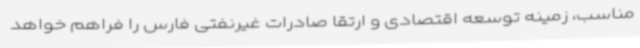
مناسب، زمینه توسعه اقتصادی و ارتقا صادرات غیرنفتی فارس را فراهم خواهد